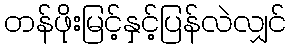
တန်ဖိုးမြင့်နှင့်ပြန်လဲလျှင်